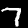
Digit: 7